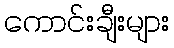
ကောင်းချီးများ